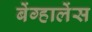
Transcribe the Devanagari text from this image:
बेंग्हालेंस